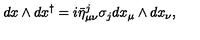
d x \wedge d x ^ { \dagger } = i \bar { \eta } _ { \mu \nu } ^ { j } \sigma _ { j } d x _ { \mu } \wedge d x _ { \nu } ,